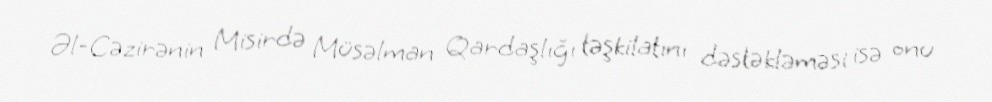
Əl-Cəzirənin Misirdə Müsəlman Qardaşlığı təşkilatını dəstəkləməsi isə onu